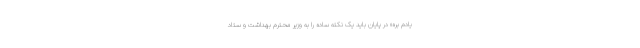
یادم بره» در پایان باید یک نکته ساده را به وزیر محترم بهداشت و ستاد